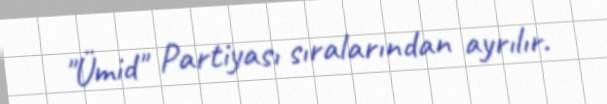
"Ümid" Partiyası sıralarından ayrılır.